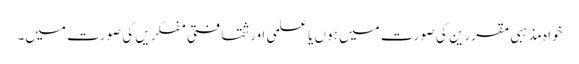
خواہ مذہبی مقررین کی صورت میں ہوں یا علمی اور ثقافتی مفکریں کی صورت میں۔